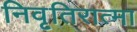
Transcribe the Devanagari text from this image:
निवृतिरात्मा